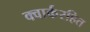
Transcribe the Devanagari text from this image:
क्वार्करहित